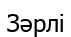
Зәрлі